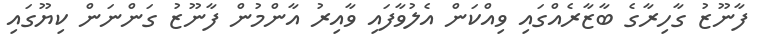
ފާނޫޒު ގާހިރާގެ ބާޒާރެއްގައި ވިއްކަން އެލުވާފައި ވާއިރު އާންމުން ފާނޫޒު ގަންނަން ކިޔޫގައި